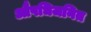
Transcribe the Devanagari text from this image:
औषधिजनित